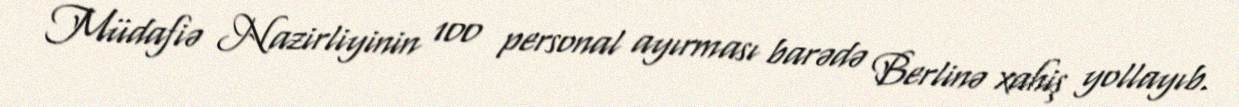
Müdafiə Nazirliyinin 100 personal ayırması barədə Berlinə xahiş yollayıb.